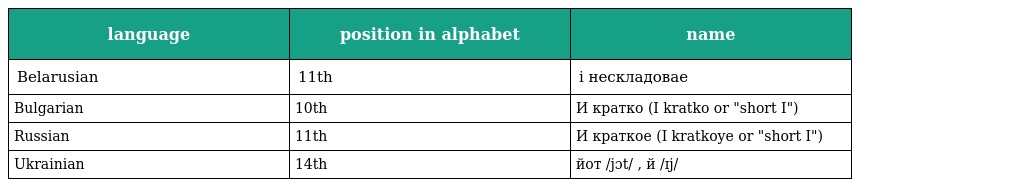
| language | position in alphabet | name |
 | --- | --- | --- |
 | Belarusian | 11th | і нескладовае |
 | Bulgarian | 10th | И кратко (I kratko or "short I") |
 | Russian | 11th | И краткое (I kratkoye or "short I") |
 | Ukrainian | 14th | йот /jɔt/ , й /ɪj/ |